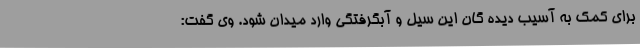
برای کمک به آسیب دیده گان این سیل و آبگرفتگی وارد میدان شود. وی گفت: